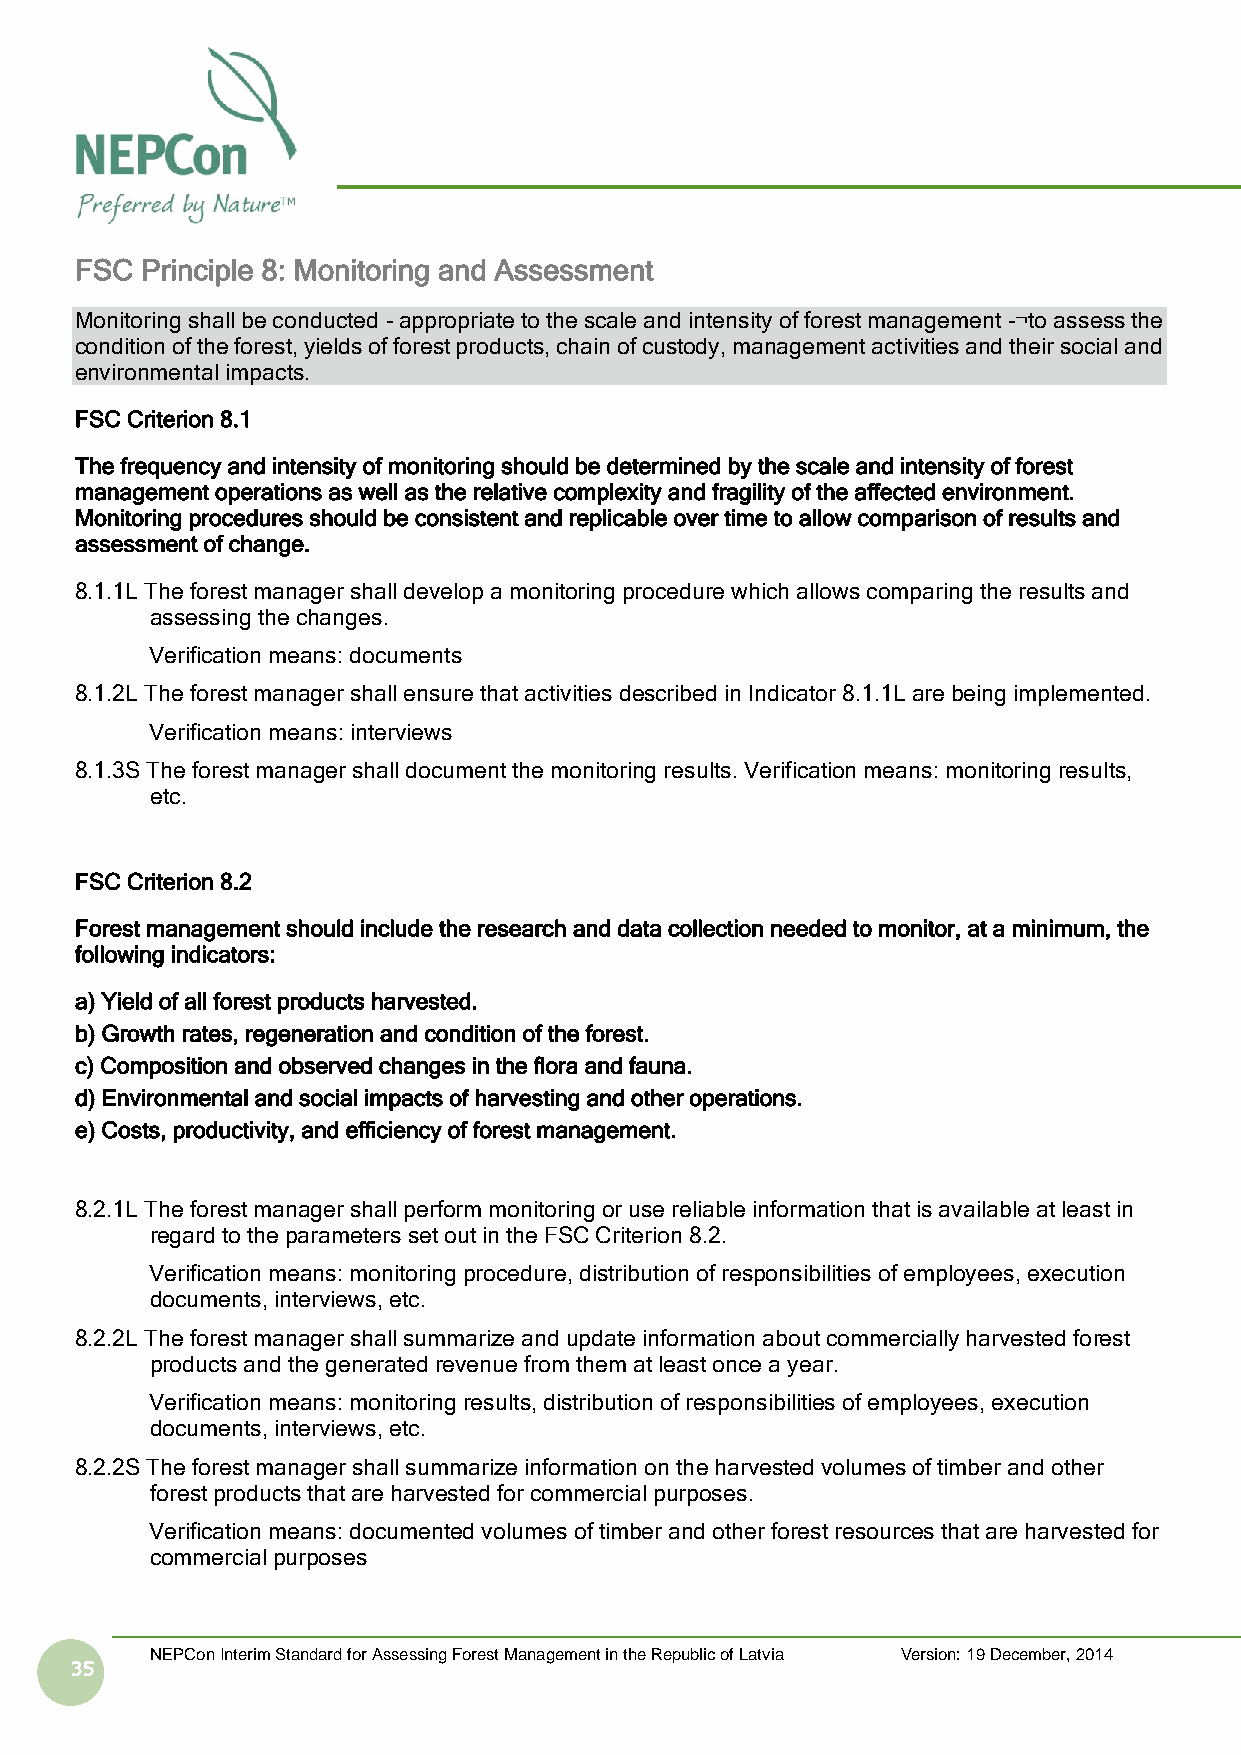
FSC Principle 8: Monitoring and Assessment
 Monitoring shall be conducted - appropriate to the scale and intensity of forest management -¬to assess the
 condition of the forest, yields of forest products, chain of custody, management activities and their social and
 environmental impacts.
 FSC Criterion 8.1
 The frequency and intensity of monitoring should be determined by the scale and intensity of forest
 management operations as well as the relative complexity and fragility of the affected environment.
 Monitoring procedures should be consistent and replicable over time to allow comparison of results and
 assessment of change.
 8.1.1L The forest manager shall develop a monitoring procedure which allows comparing the results and
 assessing the changes.
 Verification means: documents
 8.1.2L The forest manager shall ensure that activities described in Indicator 8.1.1L are being implemented.
 Verification means: interviews
 8.1.3S The forest manager shall document the monitoring results. Verification means: monitoring results,
 etc.
 FSC Criterion 8.2
 Forest management should include the research and data collection needed to monitor, at a minimum, the
 following indicators:
 a) Yield of all forest products harvested.
 b) Growth rates, regeneration and condition of the forest.
 c) Composition and observed changes in the flora and fauna.
 d) Environmental and social impacts of harvesting and other operations.
 e) Costs, productivity, and efficiency of forest management.
 8.2.1L The forest manager shall perform monitoring or use reliable information that is available at least in
 regard to the parameters set out in the FSC Criterion 8.2.
 Verification means: monitoring procedure, distribution of responsibilities of employees, execution
 documents, interviews, etc.
 8.2.2L The forest manager shall summarize and update information about commercially harvested forest
 products and the generated revenue from them at least once a year.
 Verification means: monitoring results, distribution of responsibilities of employees, execution
 documents, interviews, etc.
 8.2.2S The forest manager shall summarize information on the harvested volumes of timber and other
 forest products that are harvested for commercial purposes.
 Verification means: documented volumes of timber and other forest resources that are harvested for
 commercial purposes
 NEPCon Interim Standard for Assessing Forest Management in the Republic of Latvia Version: 19 December, 2014
 35